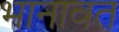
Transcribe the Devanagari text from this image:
भानावत